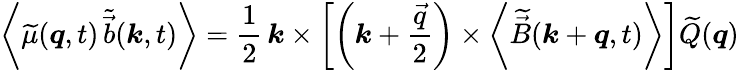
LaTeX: \left<\widetilde{\mu}(\boldsymbol{q},t)\, \widetilde{\vec{b}}(\boldsymbol{k},t)\right>=\frac{1}{2}\, \boldsymbol{k}\times\left[\left(\boldsymbol{k}+\frac{\vec{q}}{2}\right)\times\left<\widetilde{\vec{B}}(\boldsymbol{k}+\boldsymbol{q},t)\right>\right]\widetilde{Q}\! \left(\boldsymbol{q}\right)